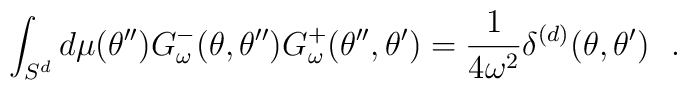
\int_{S^d}d\mu (\theta'')G^-_\omega (\theta , \theta '')G^+_\omega (\theta '' , \theta ')={1\over 4\omega^2} \delta^{(d)}(\theta ,\theta ' )~~.